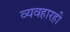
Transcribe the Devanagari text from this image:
व्यवहारही